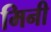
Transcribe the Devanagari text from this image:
मिनी